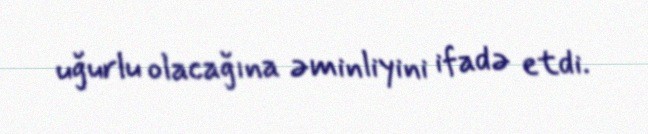
uğurlu olacağına əminliyini ifadə etdi.